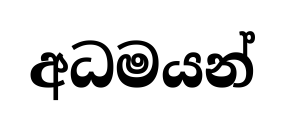
අධමයන්